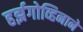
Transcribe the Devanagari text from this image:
हर्झगोव्हिनाने